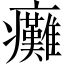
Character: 癱